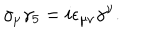
\gamma _ { \mu } \gamma _ { 5 } = i \epsilon _ { \mu \nu } \gamma ^ { \nu } .